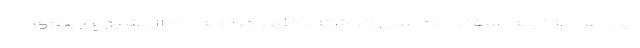
این طرح از نیمه اسفند ماه سال گذشته، اظهار کرد: به دنبال شیوع بیماری